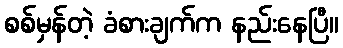
စစ်မှန်တဲ့ ခံစားချက်က နည်းနေပြီ။